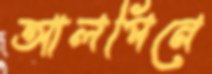
আলপিনে